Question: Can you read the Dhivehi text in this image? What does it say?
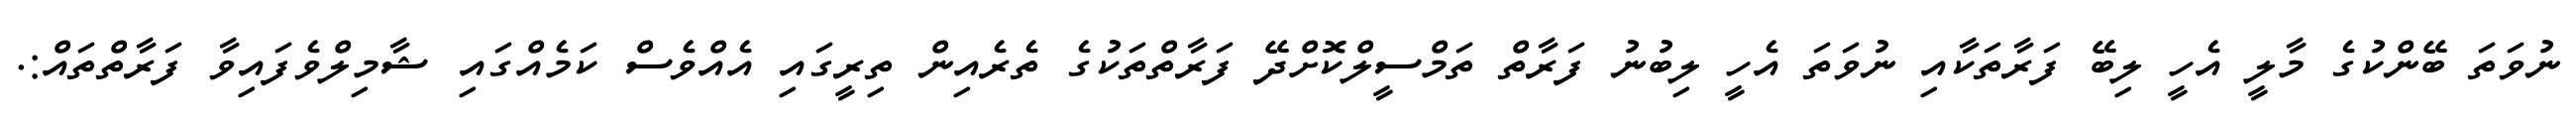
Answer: ނުވަތަ ބޭންކުގެ މާލީ އެހީ ލިބޭ ފަރާތަކާއި ނުވަތަ އެހީ ލިބުނު ފަރާތް ތަމްސީލްކޮށްދޭ ފަރާތްތަކުގެ ތެރެއިން ތިރީގައި އެއްވެސް ކަމެއްގައި ޝާމިލްވެފައިވާ ފަރާތްތައް:.